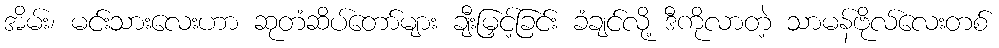
အိမ်း၊ မင်းသားလေးဟာ ဆုတံဆိပ်တော်များ ချီးမြှင့်ခြင်း ခံချင်လို့ ဒီကိုလာတဲ့ သာမန်ဗိုလ်လေးတစ်